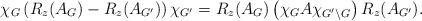
LaTeX: \begin{align*}\chi_G\left( R_z(A_G)-R_z(A_{G'})\right) \chi_{G'} = R_z(A_{G}) \left( \chi_G A \chi_{G'\setminus G}\right) R_z(A_{G'}).\end{align*}